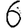
Digit: 6